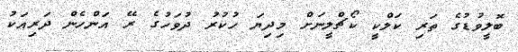
ބޮލީވުޑުގެ ތަރި ކަލްކީ ކޯޗްލީނަށް މިދިޔަ ހުކުރު ދުވަހުގެ ރޭ އަންހެން ދަރިއަކު